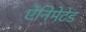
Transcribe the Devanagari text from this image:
ऐनिमेटेड